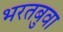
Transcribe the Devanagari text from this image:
भरतबुवा